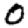
Digit: 0